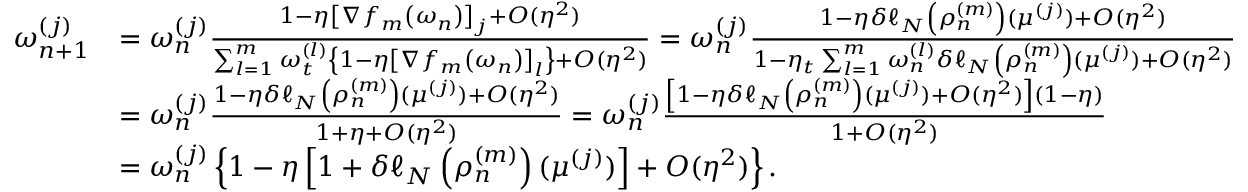
\begin{array} { r l } { \omega _ { n + 1 } ^ { ( j ) } } & { = \omega _ { n } ^ { ( j ) } \frac { 1 - \eta \left[ \nabla f _ { m } \left( \omega _ { n } \right) \right] _ { j } + O ( \eta ^ { 2 } ) } { \sum _ { l = 1 } ^ { m } \omega _ { t } ^ { ( l ) } \left\{ 1 - \eta \left[ \nabla f _ { m } \left( \omega _ { n } \right) \right] _ { l } \right\} + O ( \eta ^ { 2 } ) } = \omega _ { n } ^ { ( j ) } \frac { 1 - \eta \delta \ell _ { N } \left( \rho _ { n } ^ { ( m ) } \right) ( \mu ^ { ( j ) } ) + O ( \eta ^ { 2 } ) } { 1 - \eta _ { t } \sum _ { l = 1 } ^ { m } \omega _ { n } ^ { ( l ) } \delta \ell _ { N } \left( \rho _ { n } ^ { ( m ) } \right) ( \mu ^ { ( j ) } ) + O ( \eta ^ { 2 } ) } } \\ & { = \omega _ { n } ^ { ( j ) } \frac { 1 - \eta \delta \ell _ { N } \left( \rho _ { n } ^ { ( m ) } \right) ( \mu ^ { ( j ) } ) + O ( \eta ^ { 2 } ) } { 1 + \eta + O ( \eta ^ { 2 } ) } = \omega _ { n } ^ { ( j ) } \frac { \left[ 1 - \eta \delta \ell _ { N } \left( \rho _ { n } ^ { ( m ) } \right) ( \mu ^ { ( j ) } ) + O ( \eta ^ { 2 } ) \right] \left( 1 - \eta \right) } { 1 + O ( \eta ^ { 2 } ) } } \\ & { = \omega _ { n } ^ { ( j ) } \left\{ 1 - \eta \left[ 1 + \delta \ell _ { N } \left( \rho _ { n } ^ { ( m ) } \right) ( \mu ^ { ( j ) } ) \right] + O ( \eta ^ { 2 } ) \right\} . } \end{array}